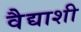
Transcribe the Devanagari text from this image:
वैद्याशी